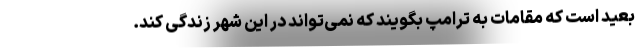
بعید است که مقامات به ترامپ بگویند که نمی‌تواند در این شهر زندگی کند.